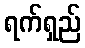
ရက်ရှည်